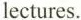
lectures.